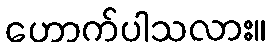
ဟောက်ပါသလား။